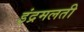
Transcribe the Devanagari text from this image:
इंद्रमलती